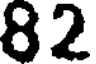
82